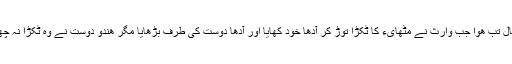
کمال تب ھوا جب وارث نے مٹھایء کا ٹکڑا توڑ کر آدھا خود کھایا اور آدھا دوست کی طرف بڑھایا مگر ھندو دوست نے وہ ٹکڑا نہ چھوا۔